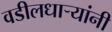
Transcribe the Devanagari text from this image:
वडीलधार्‍यांनी